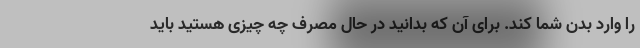
را وارد بدن شما کند. برای آن که بدانید در حال مصرف چه چیزی هستید باید